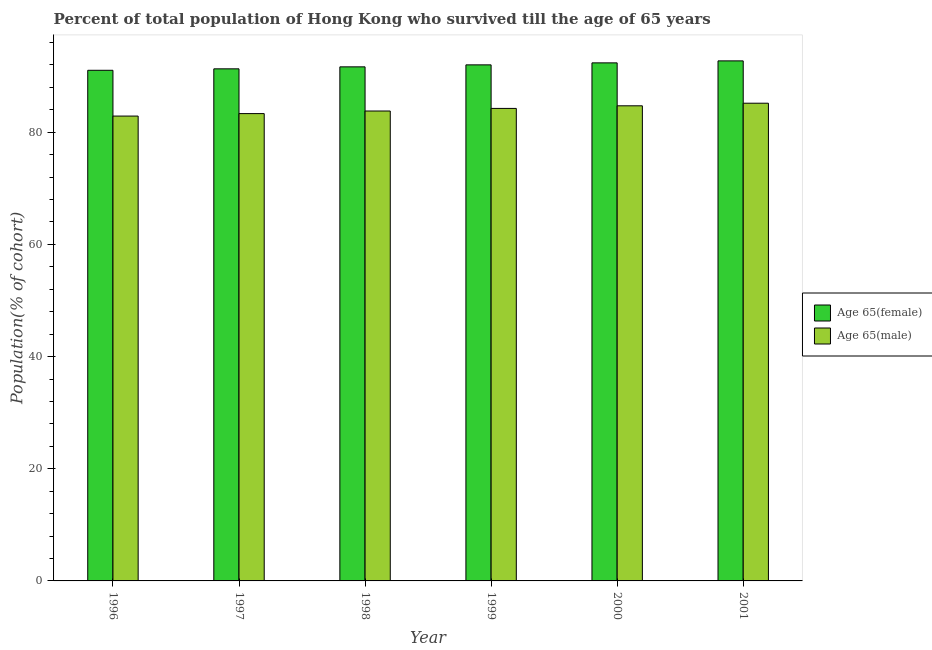
| Year | Age 65(female) | Age 65(male) |
 | --- | --- | --- |
 | 1996 | 91 | 82.9 |
 | 1997 | 91.3 | 83.3 |
 | 1998 | 91.7 | 83.8 |
 | 1999 | 92 | 84.2 |
 | 2000 | 92.4 | 84.7 |
 | 2001 | 92.7 | 85.2 |